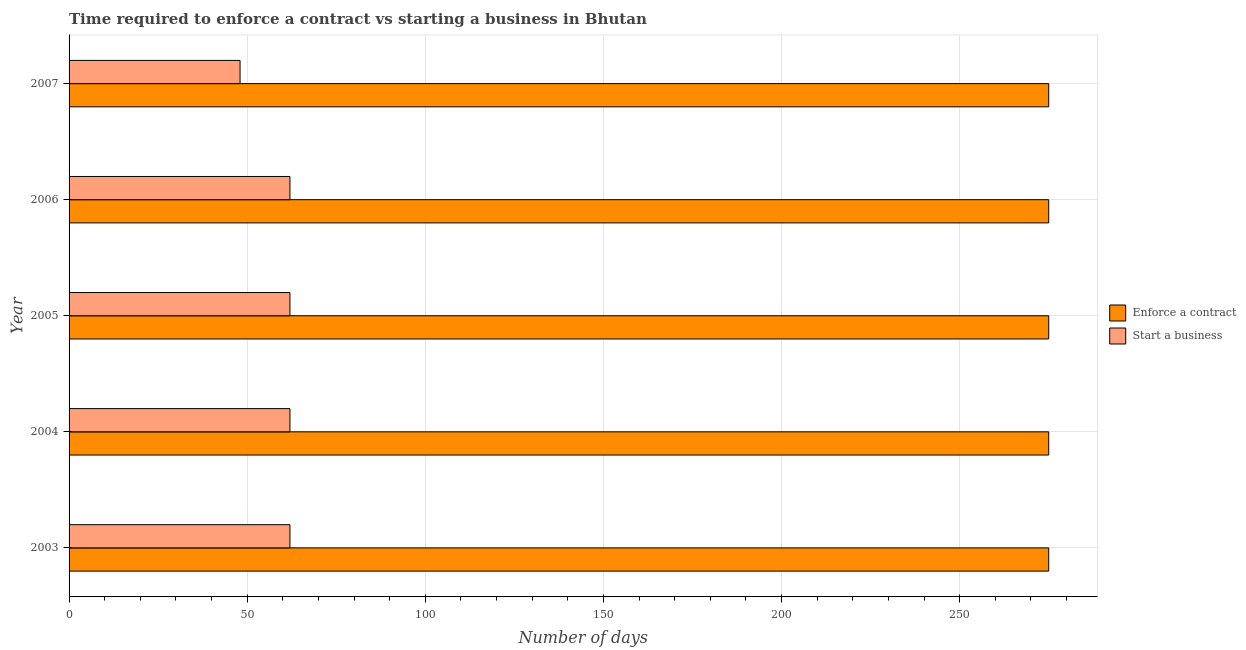
| Year | Enforce a contract | Start a business |
 | --- | --- | --- |
 | 2003 | 275 | 62 |
 | 2004 | 275 | 62 |
 | 2005 | 275 | 62 |
 | 2006 | 275 | 62 |
 | 2007 | 275 | 48 |